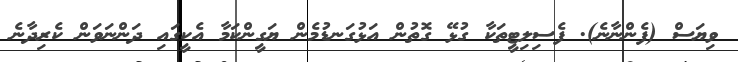
ވިޔަސް (ފެންނާނެ). ފެސިލިޓީތަކާ ގުޅޭ ގޮތުން އަޅުގަނޑުމެން ޔަގީންކަމާ އެކީގައި ދަންނަވަން ކެރިދާނެ